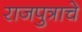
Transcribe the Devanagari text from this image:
राजपुत्राचे